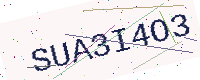
Text: SUA3I4O3